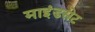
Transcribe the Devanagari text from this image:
माइंडसेट